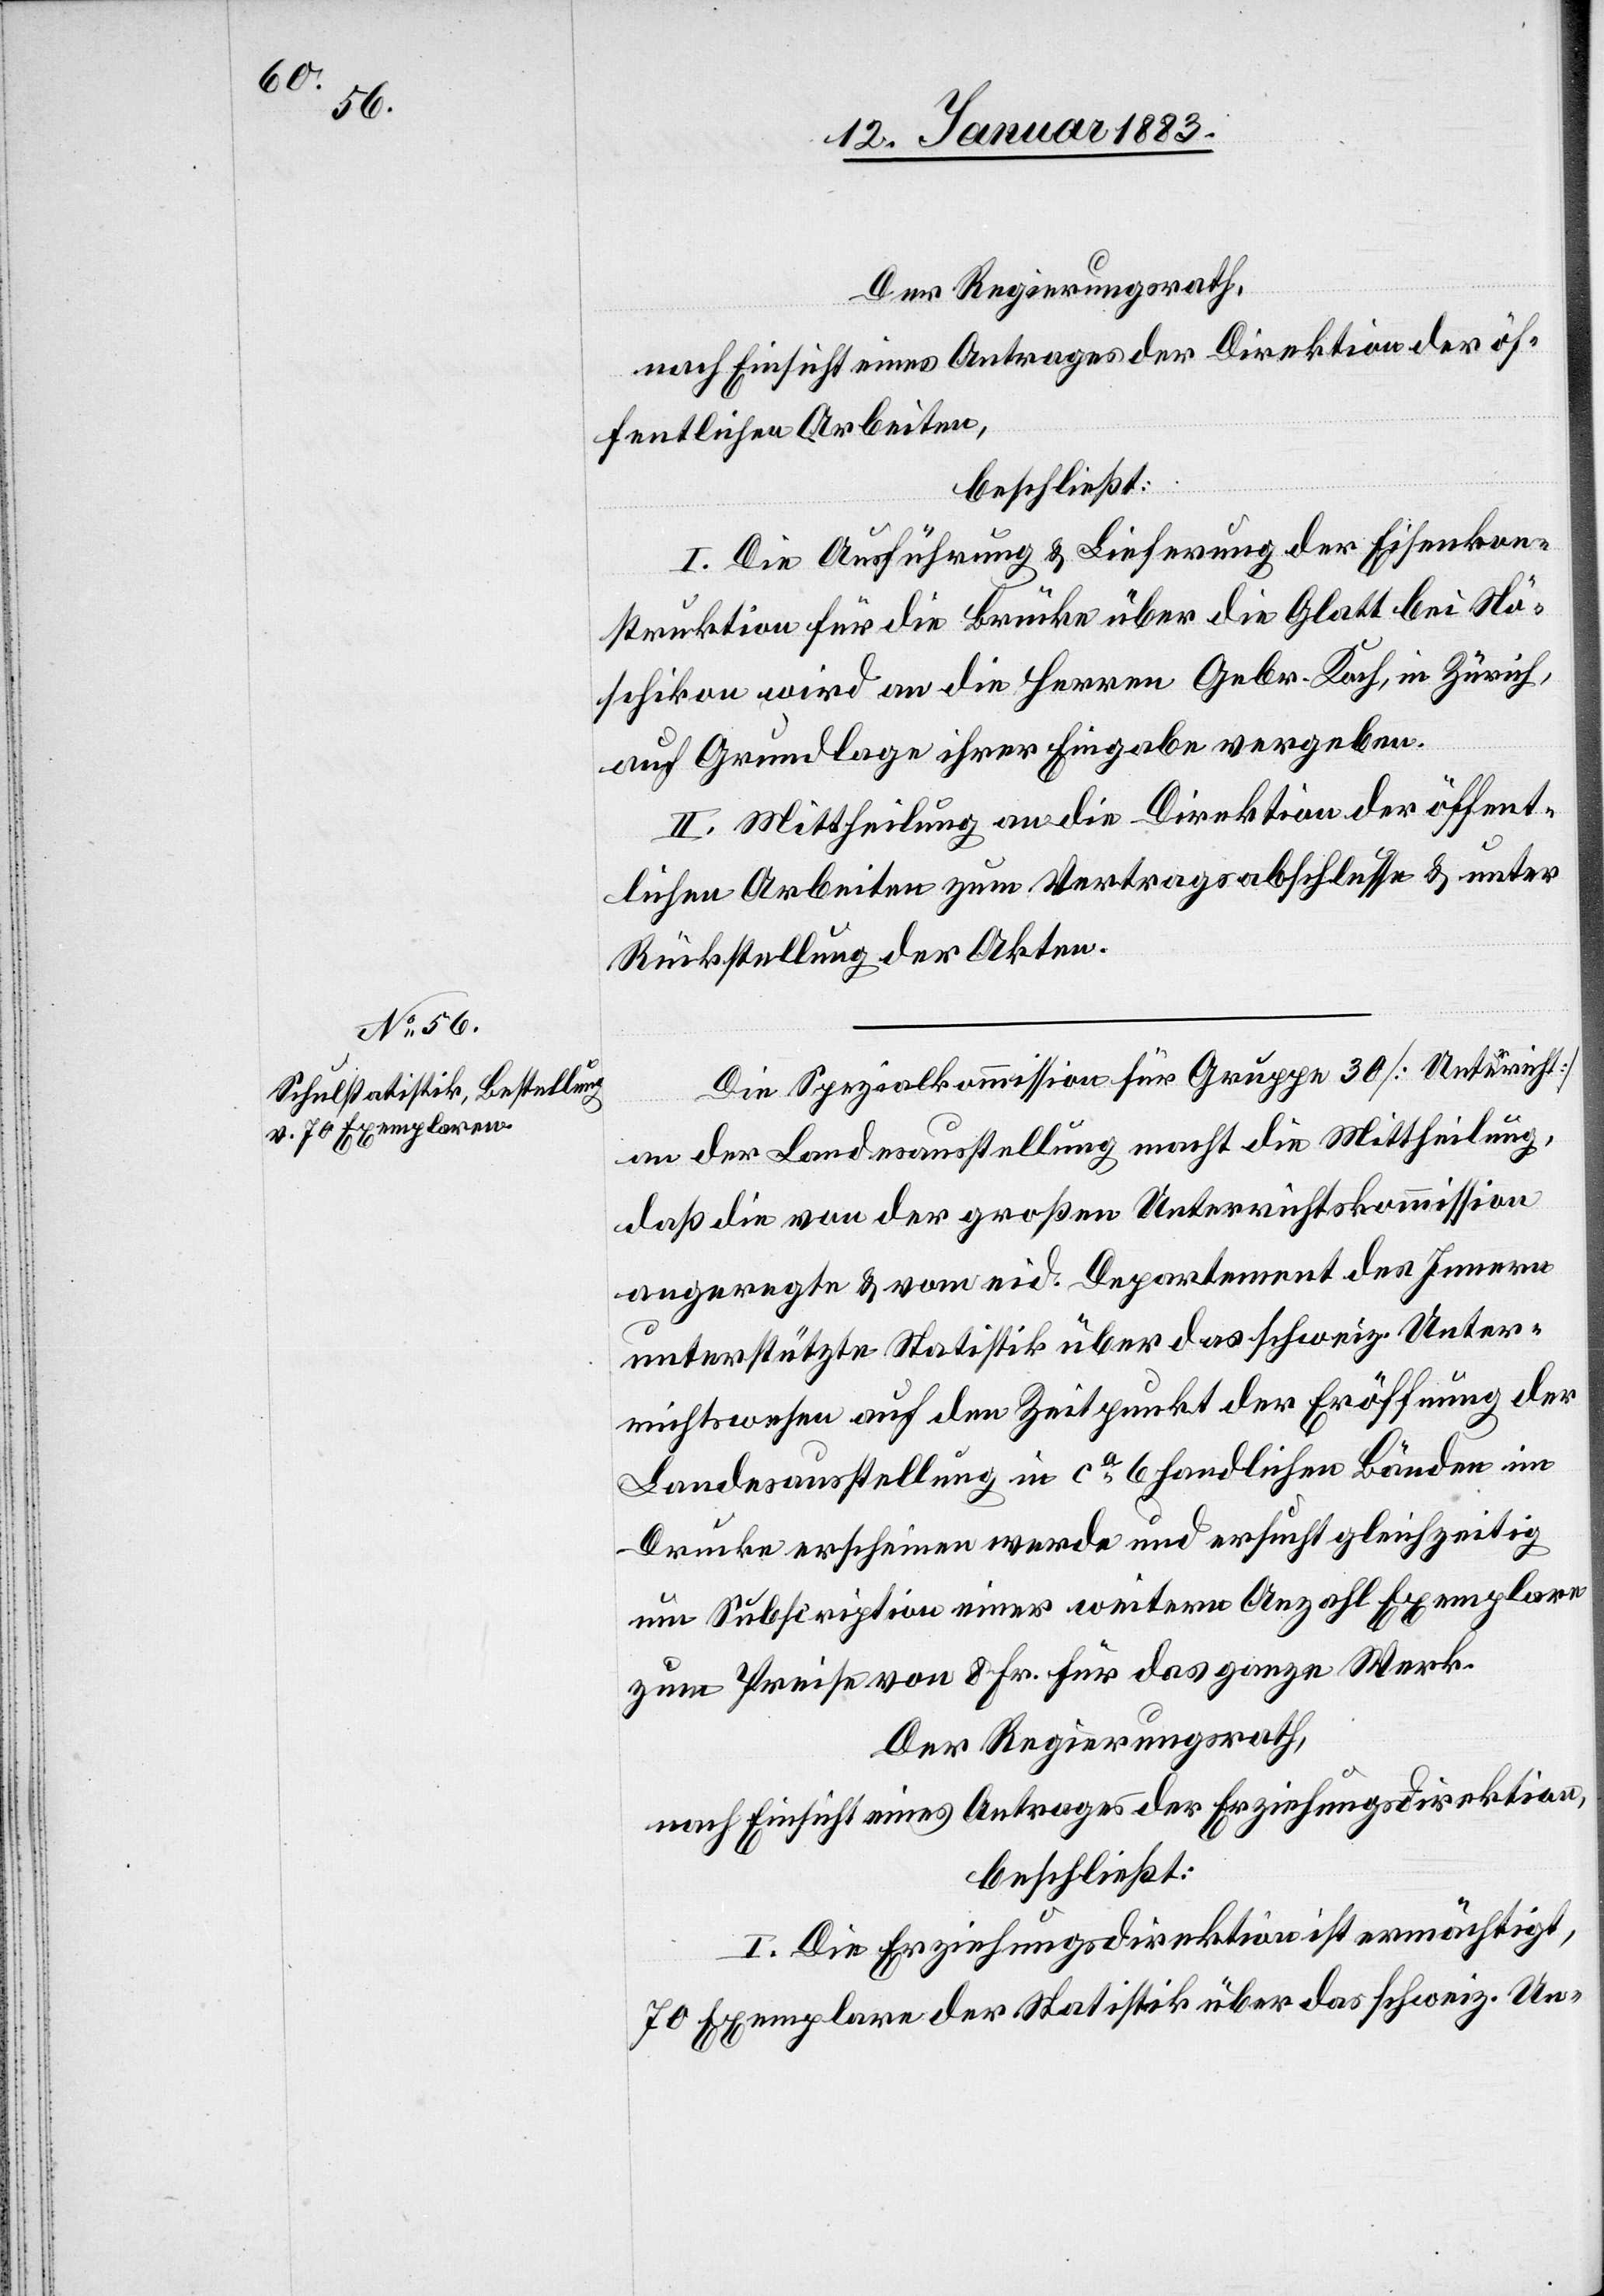
Der Regierungsrath,
nach Einsicht eines Antrages der Direktion der öf¬
fentlichen Arbeiten.
beschließt:
I. Die Ausführung & Lieferung der Eisenkon¬
struktion für die Brücke über die Glatt bei Nö¬
schikon wird an die Herren Gebr. Koch, in Zürich,
auf Grundlage ihrer Eingabe vergeben.
II. Mittheilung an die Direktion der öffent¬
lichen Arbeiten zum Vertragsabschlusse & unter
Rückstellung der Akten.
Die Spezialkommission für Gruppe 30 [Unterricht]
an der Landesausstellung macht die Mittheilung,
daß die von der großen Unterrichtskommission
angeregte & vom eid. Departement des Innern
unterstützte Statistik über das schweiz. Unter¬
richtswesen auf den Zeitpunkt der Eröffnung der
Landesausstellung in ca 6 handlichen Bänden im
Drucke erscheinen werde und ersucht gleichzeitig
um Subscription einer weitern Anzahl Exemplare
zum Preise von 8 Fr. für das ganze Werk.
Der Regierungsrath,
nach Einsicht eines Antrages der Erziehungsdirektion,
beschließt:
I. Die Erziehungsdirektion ist ermächtigt,
70 Exemplare der Statistik über das schweiz. Un-